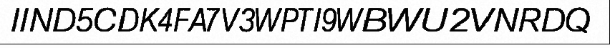
IIND5CDK4FA7V3WPTI9WBWU2VNRDQ